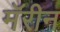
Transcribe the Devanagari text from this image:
मॅरीन